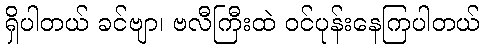
ရှိပါတယ် ခင်ဗျာ၊ ဗလီကြီးထဲ ဝင်ပုန်းနေကြပါတယ်